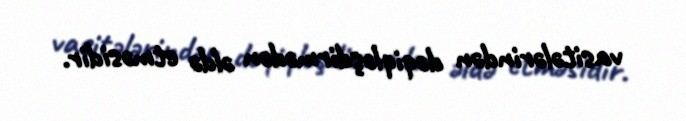
vasitələrindən dəqiqləşdirmədən əldə etməsidir.